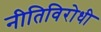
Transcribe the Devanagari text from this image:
नीतिविरोधी